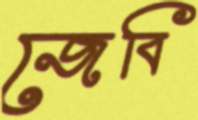
জেবি